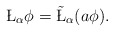
\begin{align*}\L_\alpha\phi=\tilde\L_\alpha(a\phi).\end{align*}